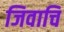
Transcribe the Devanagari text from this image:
जिवाचि